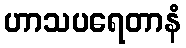
ဟာသပရေတာနံ